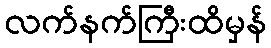
လက်နက်ကြီးထိမှန်